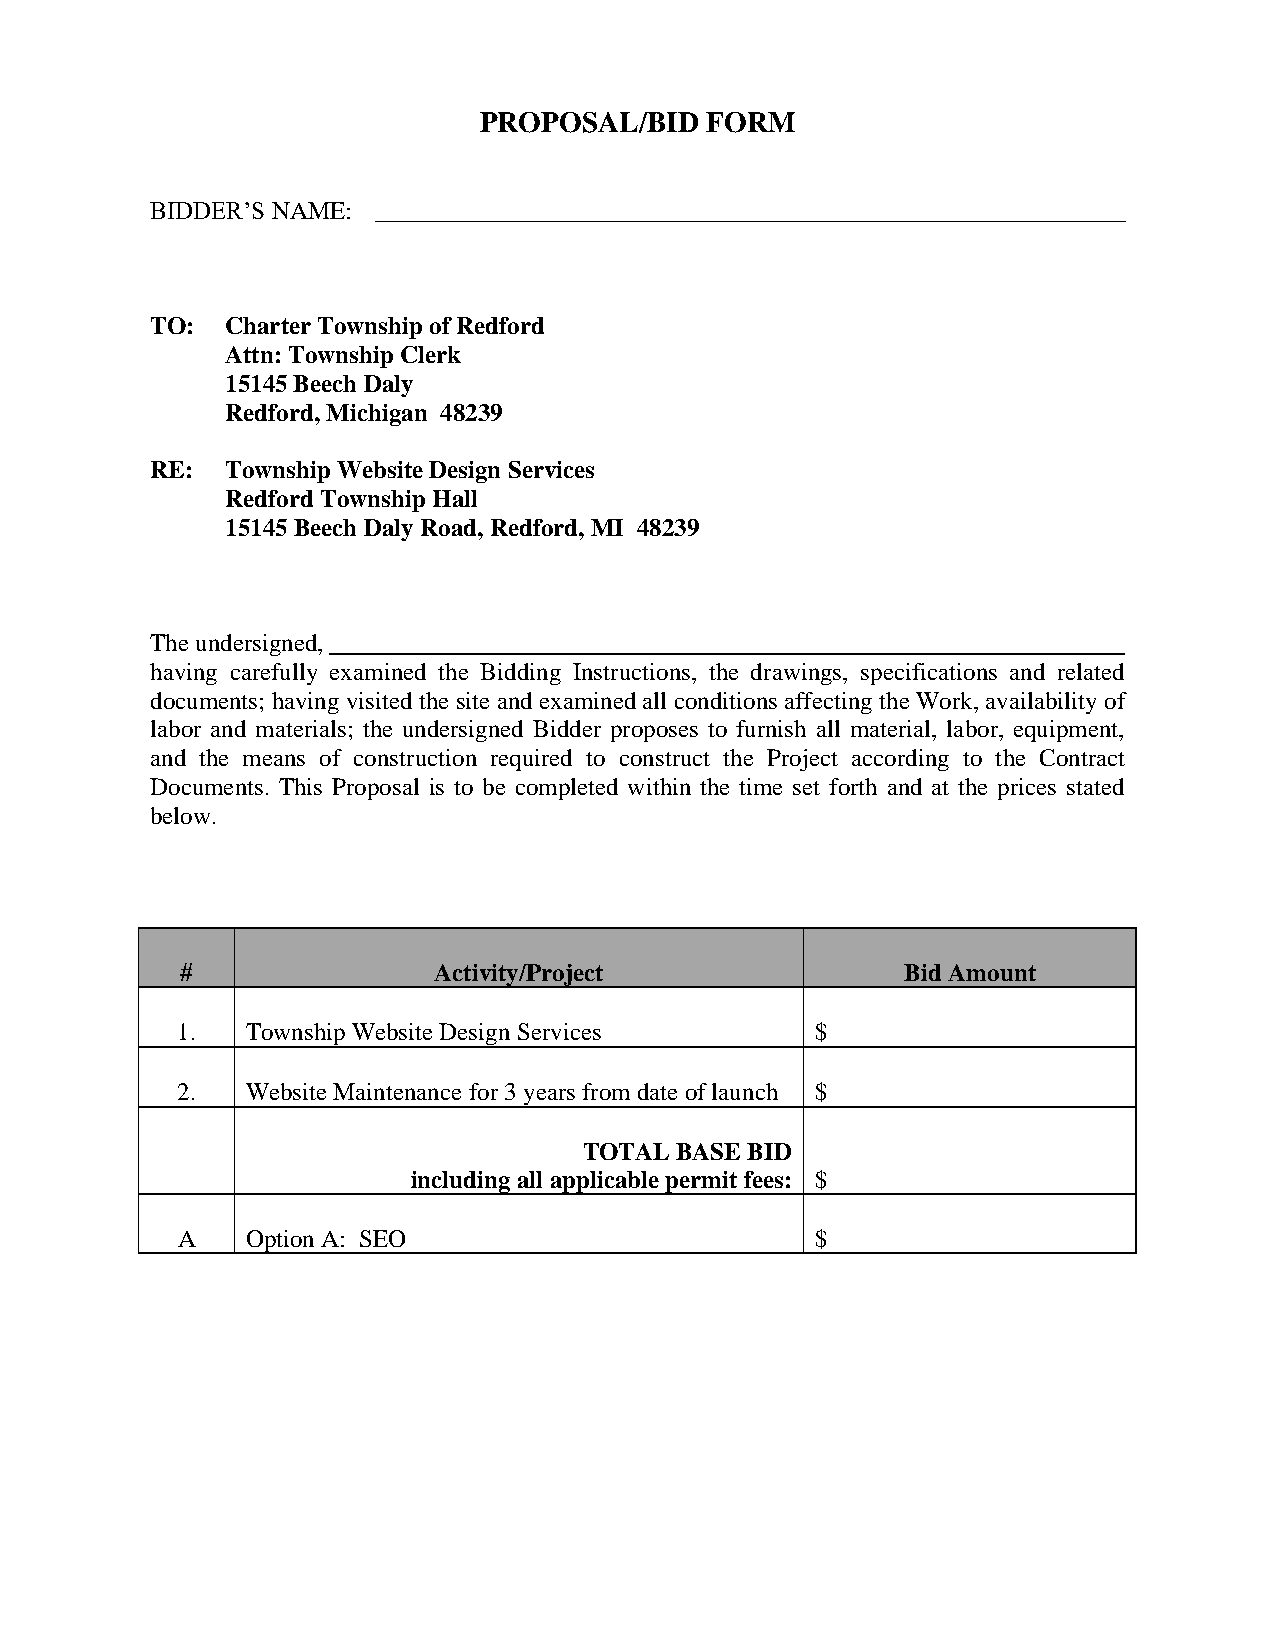
PROPOSAL/BID   FORM
 BIDDER’S NAME: ____________________________________________________________
 TO:  Charter Township of Redford
 Attn: Township Clerk
 15145 Beech Daly
 Redford, Michigan 48239
 RE:  Township Website Design Services
 Redford Township Hall
 15145 Beech Daly Road, Redford, MI 48239
 The undersigned,
 having carefully examined the Bidding Instructions, the drawings, specifications and related
 documents; having visited the site and examined all conditions affecting the Work, availability of
 labor and materials; the undersigned Bidder proposes to furnish all material, labor, equipment,
 and the means of construction required to construct the Project according to the Contract
 Documents. This Proposal is to be completed within the time set forth and at the prices stated
 below.
 #                Activity/Project               Bid Amount
 1.  Township Website Design Services      $
 2.  Website Maintenance for 3 years from date of launch $
 TOTAL BASE BID
 including all applicable permit fees: $
 A   Option A: SEO                         $